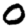
Digit: 0